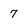
Character: 7